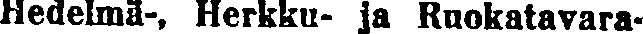
Hedelmä-, Herkku- ja Ruokatavara-